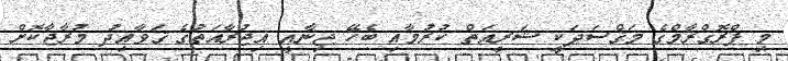
މި ޕްރޮގްރާމްގެ މަޤްސަދަކީ ޝަރީއަތް ކުރުމާއި ބެހޭ ޖިނާއީ އިޖުރާއަތުގެ ޤަވާއިދު މުރާޖާކޮށް